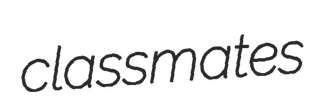
classmates